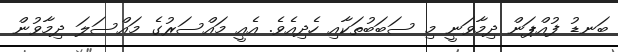
ބަނޑު ފުއްޕަން ދިމާވަނީ މި ސަބަބުތަކާއި ހެދިއެވެ. އެއީ މައްސަރުގެ މައްސަލަ ދިމާވުން